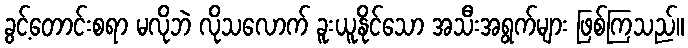
ခွင့်တောင်းစရာ မလိုဘဲ လိုသလောက် ခူးယူနိုင်သော အသီးအရွက်များ ဖြစ်ကြသည်။